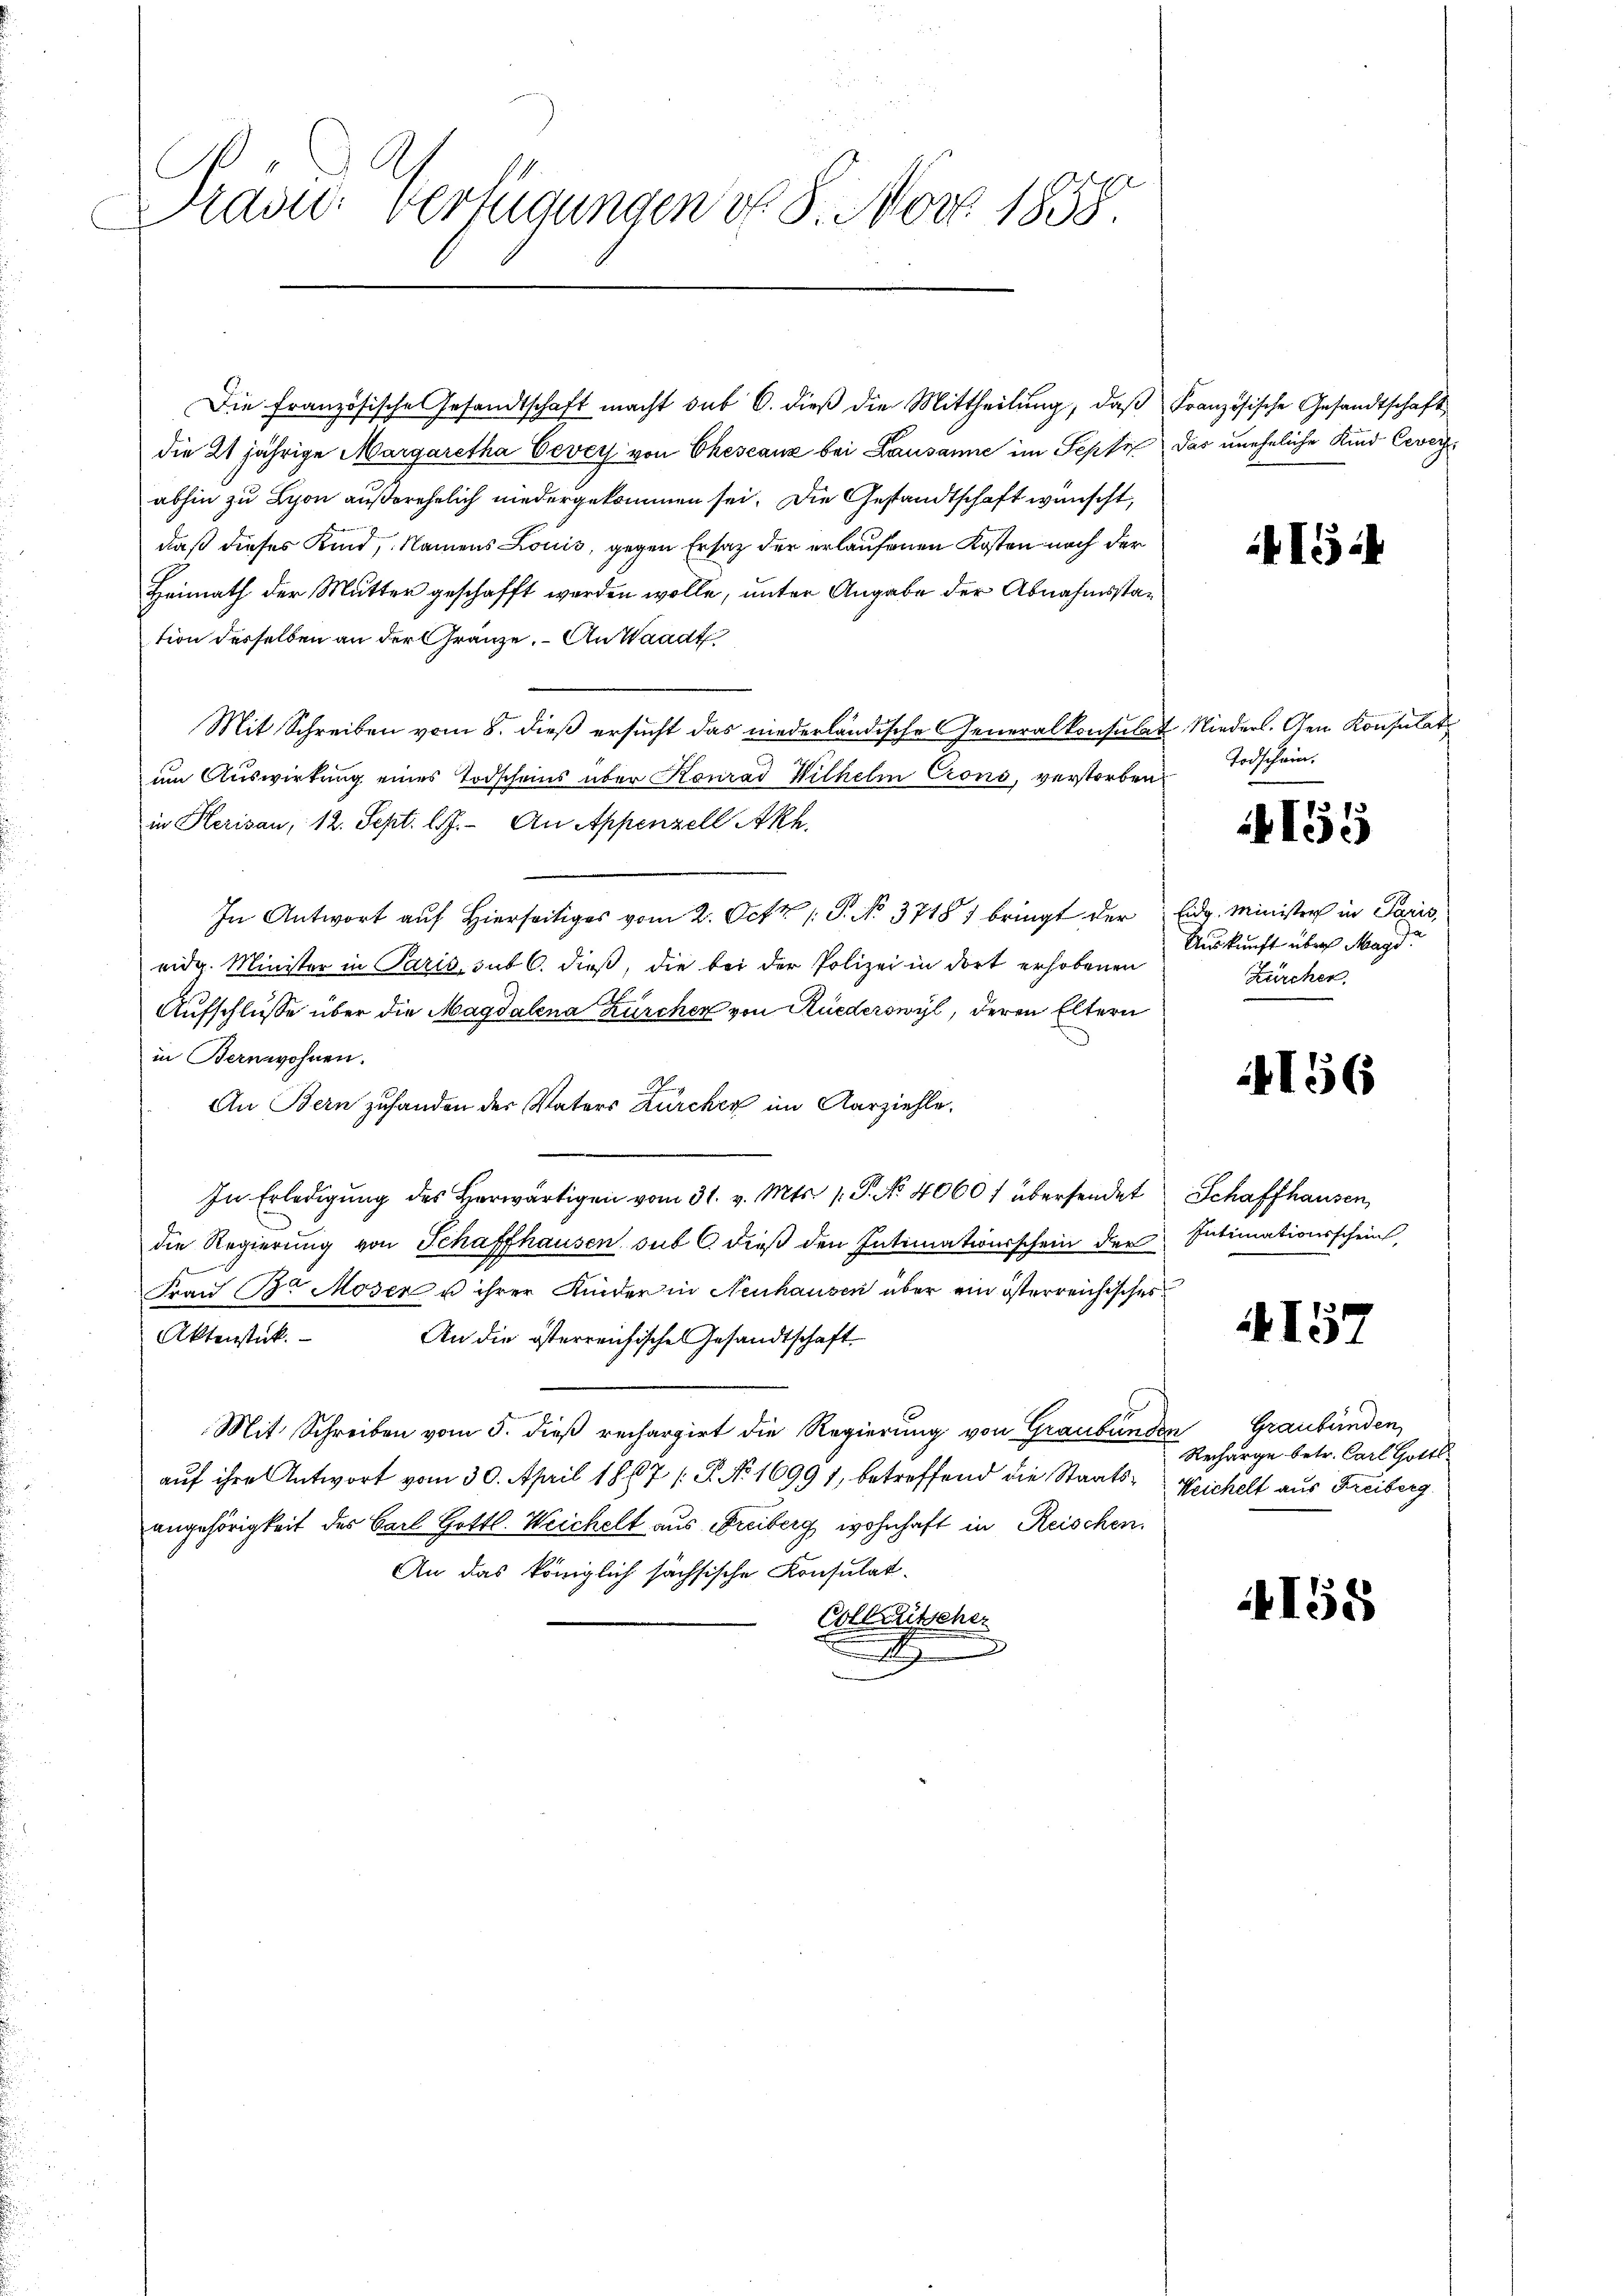
as: Verfügungen d. 8. Nov. 1858.

Die Französische Gesandtschaft macht sub 6. dieß die Mittheilung, daß
die 21 jährige Margaretha Vevey von Ehescanz bei Lausanne im Septe
abhin zu Lyon außerehelich niedergekommen sei. Die Gestandtschaft wünscht,
daß dieses Kind, Namens Louis, gegen Ersatz der erlaufenen Kosten nach der
Heimath der Mutter geschafft werden wolle, unter Angabe der Abnahmsstation desselben an der Gränze. – An Waadt
Mit Schreiben vom 8. dieß ersucht das niederländische Generalkonsulat
um Auswirkung eines Todscheins über Konrad Wilhelm Crons, verstorben
in Herisau, 12. Sept. l. J. An Appenzell Akh.
In Antwort auf Hierseitiges vom 2. Oct. 1. P. No. 3718 bringt der
eidg. Minister in Paris, sub 6. dieß, die bei der Polizei in dort erhobenen
Aufschlüsse über die Magdalena Zürcher von Rüederswyl, deren Eltern
in Bernwohnen.
An Bern zufanden der Vaters Zürcher im Aarziehle.
In Erledigung des Herwärtigen vom 31. v. Mts. 1. P. No. 4060 f übersendet
die Regierung von Schaffhausen sub 6. dieß den Intimationsschein der
Frau B. Moser u ihrer Kinder in Neuhausen über ein österreichisches
Aktenstück.
An die österreichische Gesandtschaft.
Mit Schreiben vom 5. dieß rechargirt die Regierung von Graubünden
auf ihre Antwort vom 30. April 1867 / P. No. 1699 1, betreffend die Staatsangehörigkeit des Carl Gottl. Weichelt aus Freiberg wohnhaft in Reischen
An das königlich sächsische Konsulat
Collarischen
.

Französische Gesandtschaft
Das uneheliche Kind Cever

15.4

Nieders. Den Konsulat
Todschein.

155

Eidg. Minister in Paris,
Auskunft über Magd.
Zürcher.

156

Schaffhausen,
Intimationsschein

4157

Graubünden,
Recharge betr. Carl Gottl
Weichelt aus Freiberg.

4158